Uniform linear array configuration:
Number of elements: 4
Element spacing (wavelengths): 1
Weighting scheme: cosine
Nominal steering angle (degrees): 0
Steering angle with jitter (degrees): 0.4994
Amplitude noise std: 0.05
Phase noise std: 0.05

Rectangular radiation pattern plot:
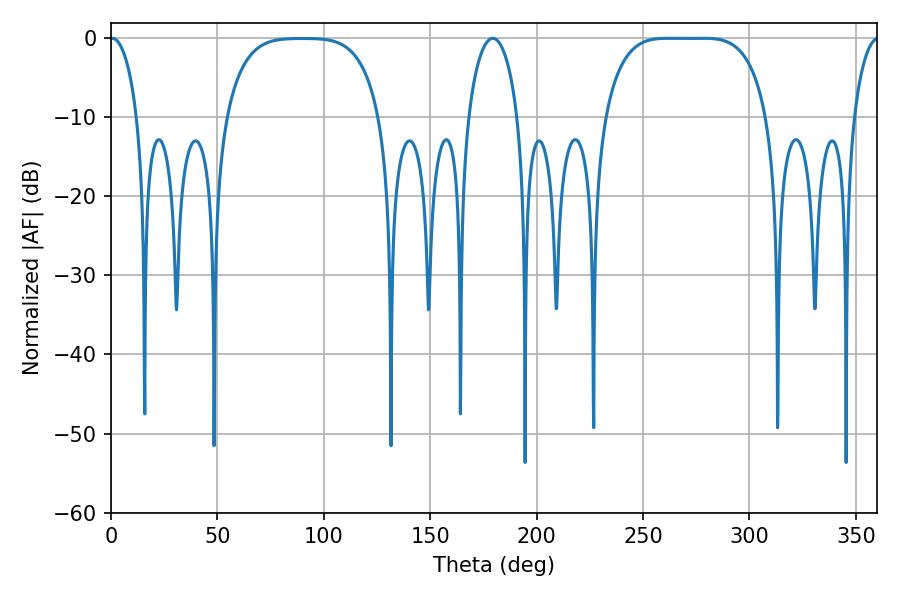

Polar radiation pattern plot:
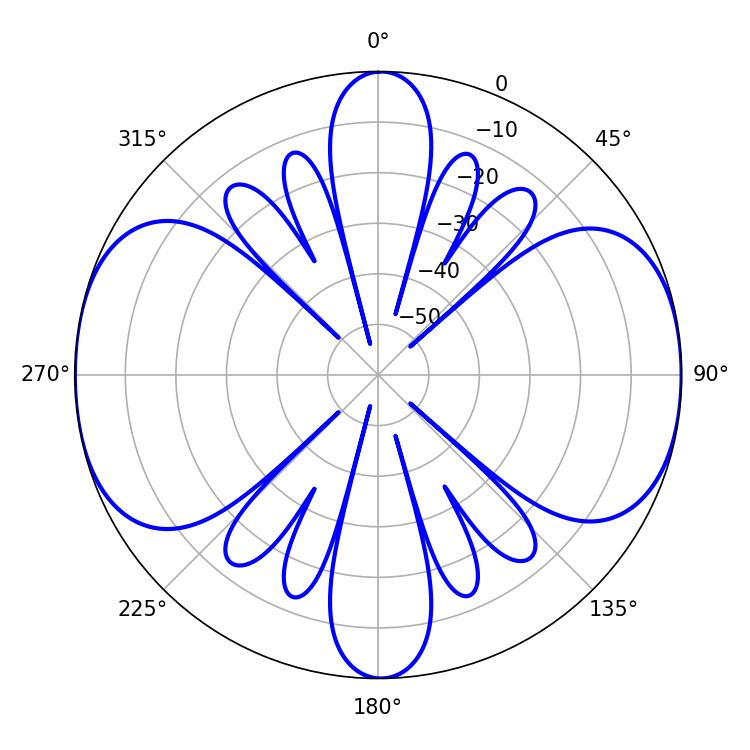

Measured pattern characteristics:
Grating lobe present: TRUE
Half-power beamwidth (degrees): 58.32
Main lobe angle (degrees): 261.72